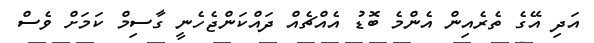
އަދި އޭގެ ތެރެއިން އެންމެ ބޮޑު އެއްޗެއް ދައްކަންޖެހެނީ ގާސިމް ކަމަށް ވެސް